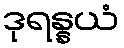
ဒုရန္နယံ